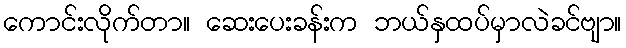
ကောင်းလိုက်တာ။ ဆေးပေးခန်းက ဘယ်နှထပ်မှာလဲခင်ဗျာ။